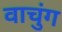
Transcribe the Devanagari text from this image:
वाचुंग